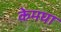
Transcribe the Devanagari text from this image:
केमघा